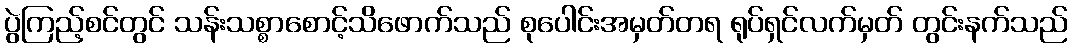
ပွဲကြည့်စင်တွင် သန်းသစ္စာစောင့်သိဖောက်သည် စုပေါင်းအမှတ်တရ ရုပ်ရှင်လက်မှတ် တွင်းနက်သည်